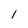
Character: l